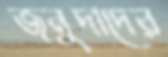
জনুদাদের